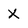
Character: x